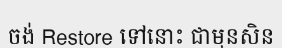
ចង់ Restore ទៅនោះ ជាមុនសិន